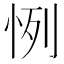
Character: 㤡